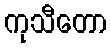
ကုသီတော